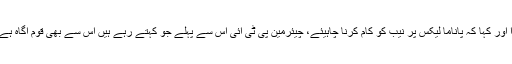
انہوں نے کہا کہ عمران خان نے کل بنوں میں چیئرمین نیب کو للکارا اور کہا کہ پاناما لیکس پر نیب کو کام کرنا چاہیئے، چیئرمین پی ٹی آئی اس سے پہلے جو کہتے رہے ہیں اس سے بھی قوم آگاہ ہے اور اگران کا ایجنڈا بدکلامی ہے تو پھر آپ روز نئے دلائل دیں گے۔